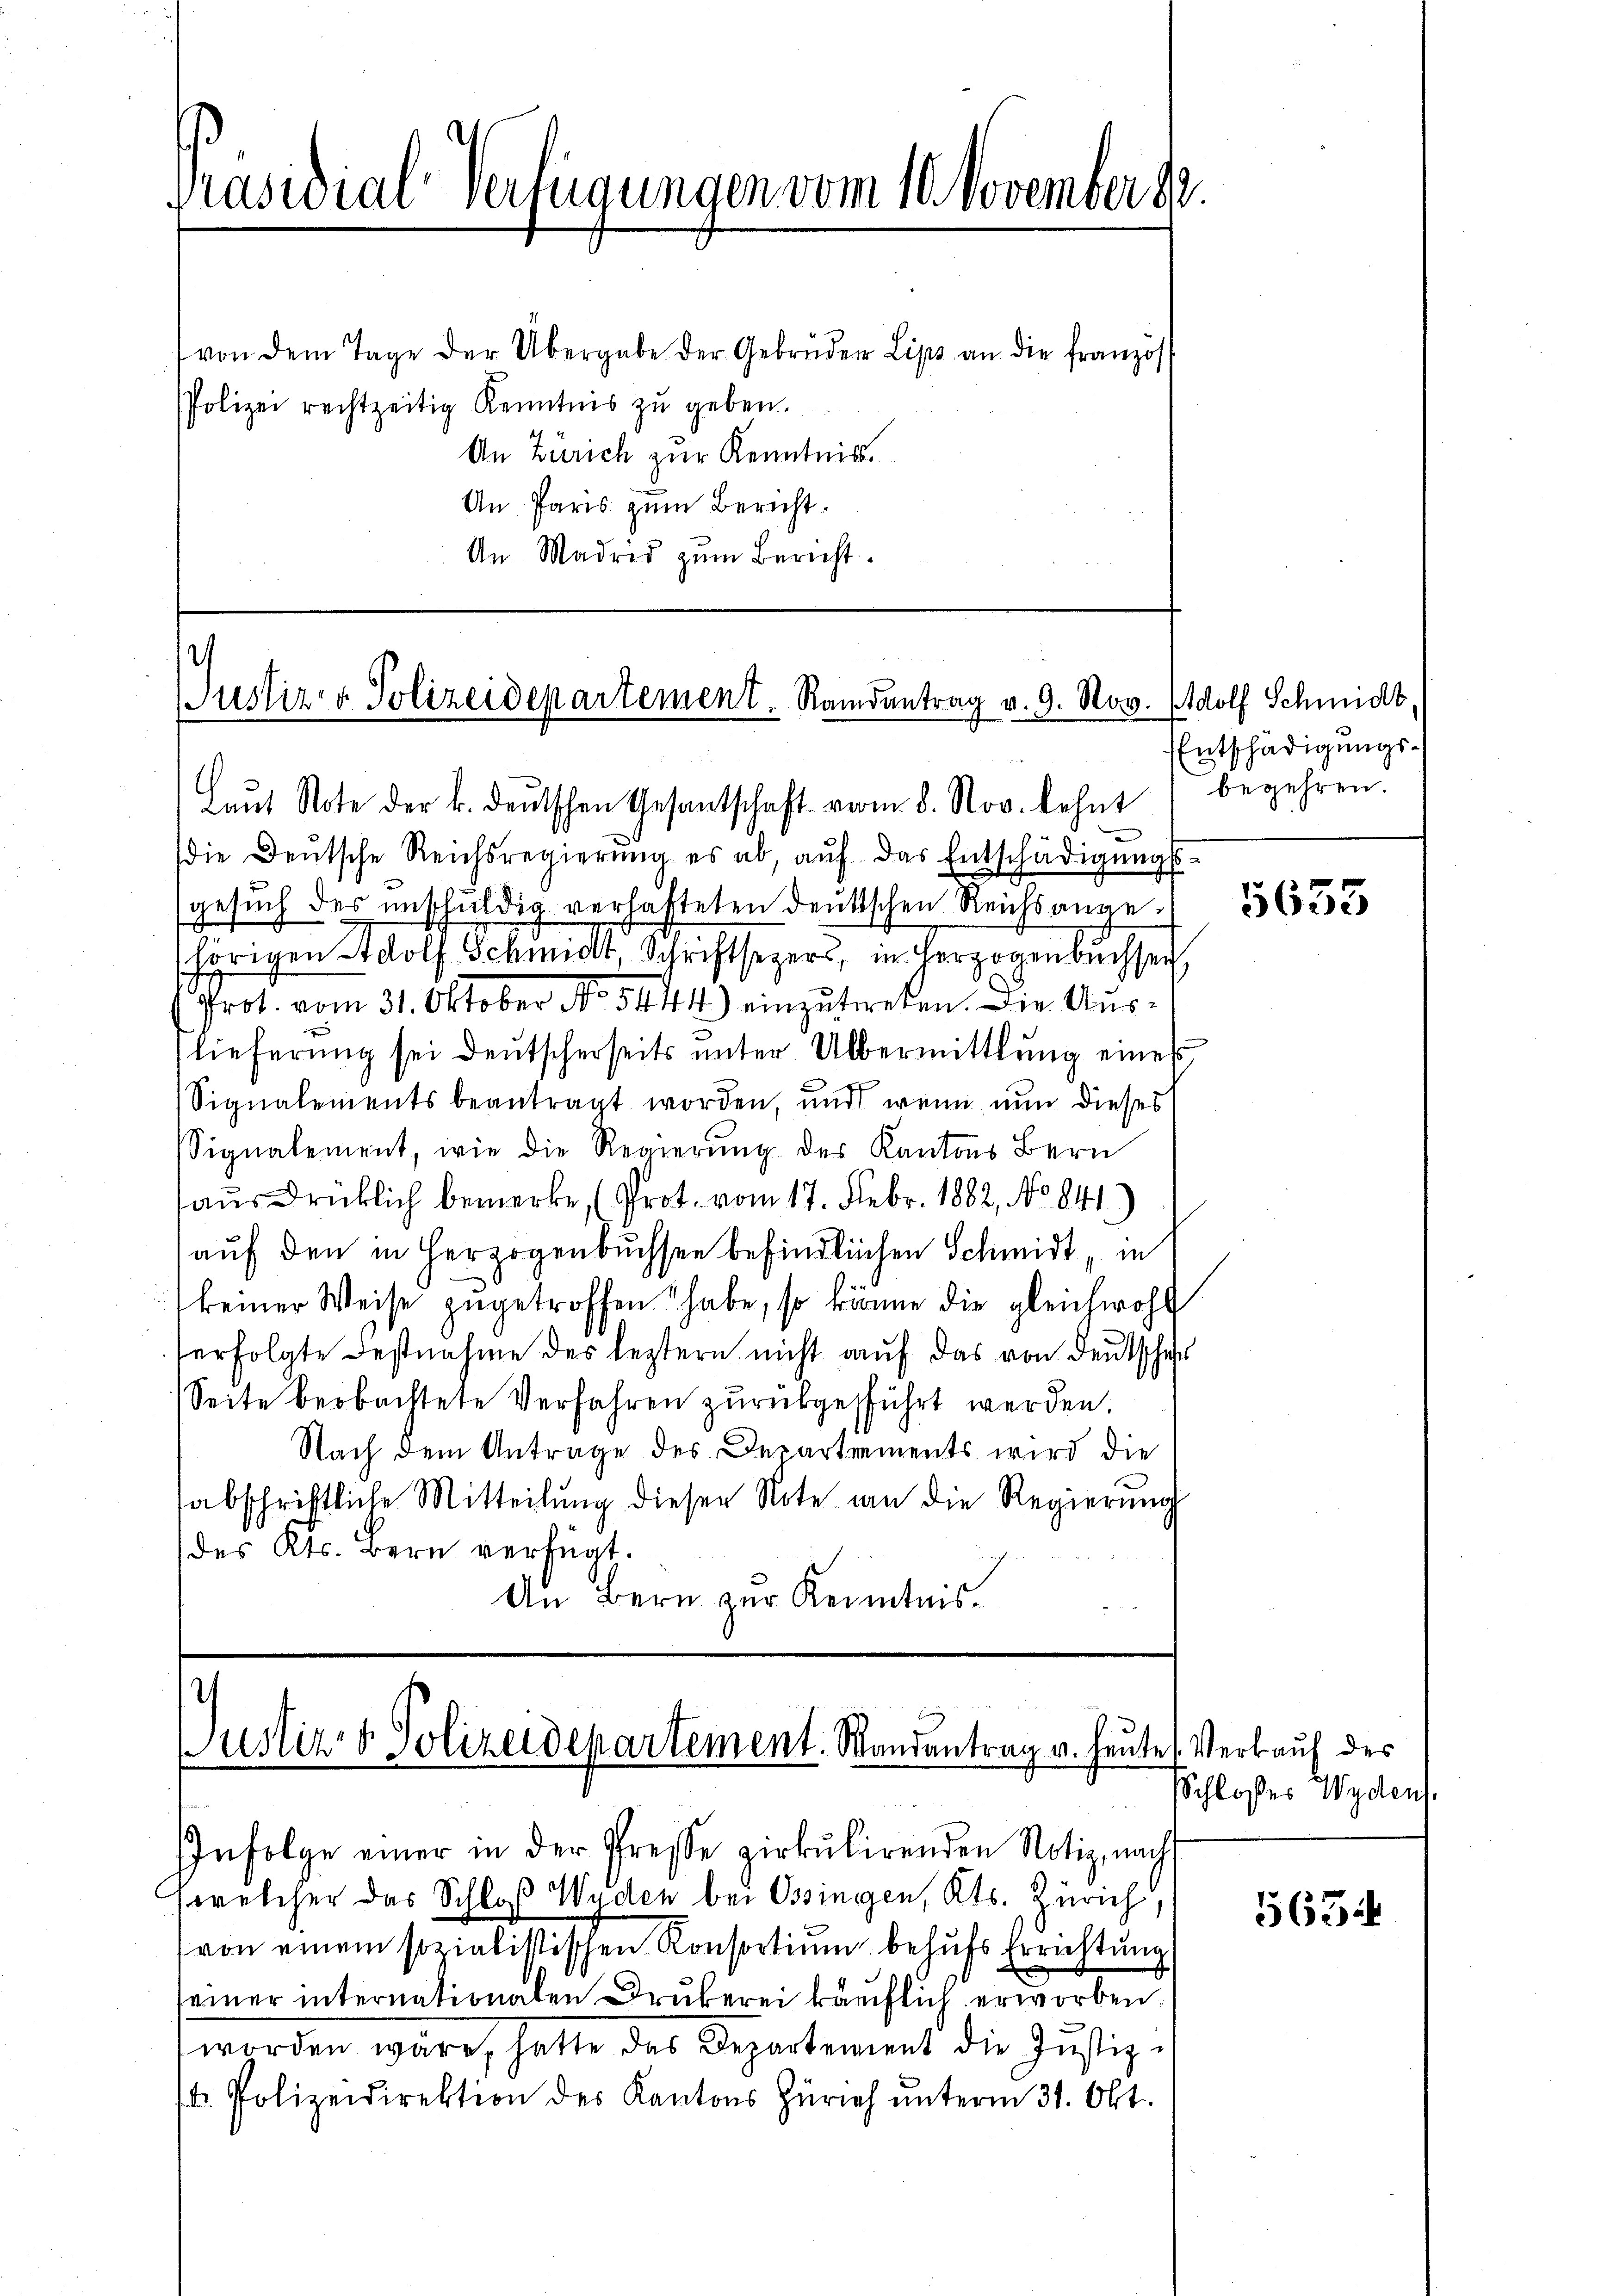
Präsidial-Verfügungen vom 10. November s

von dem Tage der Übergabe der Gebrüder Lips an die Französ
Polizei rechtzeitig Kenntnis zu geben.
An Zürich zur Kenntniss.
An Paris zum Bericht.
An Madrid zum Bericht

Haŭt Note der k. deŭtschen Gesantschaft vom 8. Nov. lehnt begehren.
die Deutsche Reichsregierŭng es ab, aŭf das Entschädigŭngs-
gesŭch des unschuldig verhatteten deutschen Reichsangehörigen Adolf Schmidt, Schriftsezers, in Herzogenbachsich,
Prot. vom 31. Oktober No 5444.) einzutreten. Die Auslieferung sei deutscherseits unter Übermittlung eines
Signalements beantragt worden, und wenn nun dieses
Signalement, wie die Regierŭng des Kantons Bern
ausdrücklich bemerke, (Prot. vom 17. Febr. 1882, No 841.
auf den in Herzogenbuchsen befindlichen Schmidt in
keiner Weise zugetroffen habe, so könne die gleichwohl
erfolgte Festnahme des leztern nicht auf das von Deutschaf
Seite beobachtete Verfahren zurückgeführt werden.
Nach dem Antrage des Departements wird die
sabschriftliche Mitteilung diesen Note an die Regierung
des Kts. Bern verfügt.
An Bern zur Kenntnis.

Justiz & Polizeidepartement Randantrag v. 9. Nov.

¬
Justiz- & Polizeidepartement. Randantrag u. heute Verkauf des

Infolge einer in der Presse zirkŭlirenden Notiz, nach
welcher das Schloß Wyden bei Ossingen, Kts. Zürich,
von einem sozialistischen Konsortium behufs Errichtung
einer internationalen Drukerei käuflich erworben
worden wäre, hatte des Departement die Justiz-
. Polizeidirektion des Kantons Zürich ŭnterm 31. Okt.

Adolf Schmidt,
EEntschädigungs-

5633

Schloßes Wyden.

563